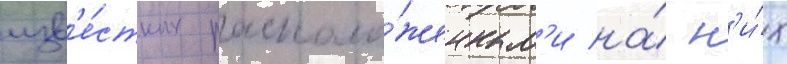
изв'е́стных располо́женным'и на́ н'и́х